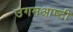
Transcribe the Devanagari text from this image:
उगमआष्टी